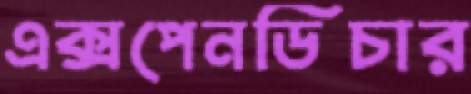
এক্সপেনডিচার